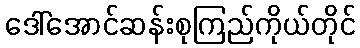
ဒေါ်အောင်ဆန်းစုကြည်ကိုယ်တိုင်